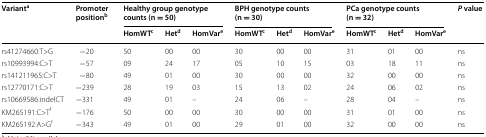
<table><thead><tr><td rowspan="2"><b>Variant<sup>a</sup></b></td><td rowspan="2"><b>Promoter position<sup>b</sup></b></td><td colspan="3"><b>Healthy group genotype counts (n = 50)</b></td><td colspan="3"><b>BPH genotype counts (n = 30)</b></td><td colspan="3"><b>PCa genotype counts (n = 32)</b></td><td rowspan="2"><b><i>P</i> value</b></td></tr><tr><td><b>HomWT<sup>c</sup></b></td><td><b>Het<sup>d</sup></b></td><td><b>HomVar<sup>e</sup></b></td><td><b>HomWT<sup>c</sup></b></td><td><b>Het<sup>d</sup></b></td><td><b>HomVar<sup>e</sup></b></td><td><b>HomWT<sup>c</sup></b></td><td><b>Het<sup>d</sup></b></td><td><b>HomVar<sup>e</sup></b></td></tr></thead><tbody><tr><td>rs41274660:T&gt;G</td><td>−20</td><td>50</td><td>00</td><td>00</td><td>30</td><td>00</td><td>00</td><td>31</td><td>01</td><td>00</td><td>ns</td></tr><tr><td>rs10993994:C&gt;T</td><td>−57</td><td>09</td><td>24</td><td>17</td><td>05</td><td>10</td><td>15</td><td>03</td><td>18</td><td>11</td><td>ns</td></tr><tr><td>rs141211965:C&gt;T</td><td>−80</td><td>49</td><td>01</td><td>00</td><td>30</td><td>00</td><td>00</td><td>32</td><td>00</td><td>00</td><td>ns</td></tr><tr><td>rs12770171:C&gt;T</td><td>−239</td><td>28</td><td>19</td><td>03</td><td>15</td><td>13</td><td>02</td><td>24</td><td>06</td><td>02</td><td>ns</td></tr><tr><td>rs10669586:indelCT</td><td>−331</td><td>49</td><td>01</td><td>–</td><td>24</td><td>06</td><td>–</td><td>28</td><td>04</td><td>–</td><td>ns</td></tr><tr><td>KM265191:C&gt;T<sup>f</sup></td><td>−176</td><td>50</td><td>00</td><td>00</td><td>30</td><td>00</td><td>00</td><td>31</td><td>01</td><td>00</td><td>ns</td></tr><tr><td>KM265192:A&gt;G<sup>f</sup></td><td>−343</td><td>49</td><td>01</td><td>00</td><td>29</td><td>01</td><td>00</td><td>32</td><td>00</td><td>00</td><td>ns</td></tr></tbody></table>